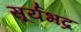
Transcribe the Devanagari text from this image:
सूर्यभद्र